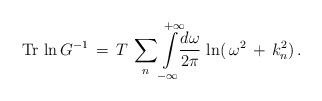
LaTeX: \begin{align*}\mbox{Tr}\,\ln G^{-1}\,=\,T\,\sum_{n}^{}\int\limits_{-\infty}^{+\infty}\!\!\frac{d\omega}{2\pi}\,\ln(\,\omega^2\,+\,k_{n}^{2})\,{.}\end{align*}